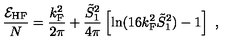
\frac { { \cal E } _ { \mathrm { H F } } } { N } = \frac { k _ { \mathrm { F } } ^ { 2 } } { 2 \pi } + \frac { \tilde { S } _ { 1 } ^ { 2 } } { 4 \pi } \left[ \ln ( 1 6 k _ { \mathrm { F } } ^ { 2 } \tilde { S } _ { 1 } ^ { 2 } ) - 1 \right] \ ,